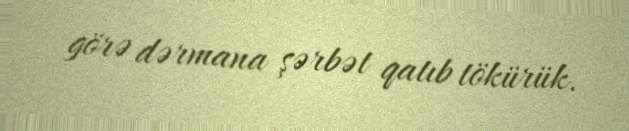
görə dərmana şərbət qatıb tökürük.